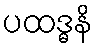
ပထဒ္ဓနိ